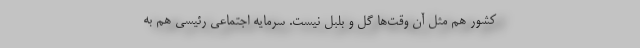
کشور هم مثل آن وقت‌ها گل و بلبل نیست. سرمایه اجتماعی رئیسی هم به